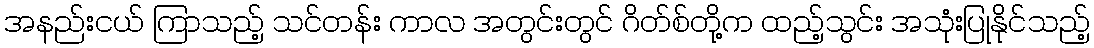
အနည်းငယ် ကြာသည့် သင်တန်း ကာလ အတွင်းတွင် ဂိတ်စ်တို့က ထည့်သွင်း အသုံးပြုနိုင်သည့်